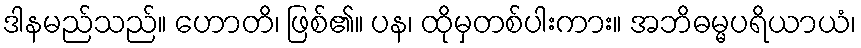
ဒါနမည်သည်။ ဟောတိ၊ ဖြစ်၏။ ပန၊ ထိုမှတစ်ပါးကား။ အဘိဓမ္မပရိယာယံ၊